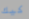
كيك